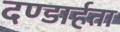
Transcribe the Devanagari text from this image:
दण्डार्हता